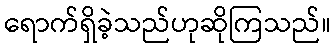
ရောက်ရှိခဲ့သည်ဟုဆိုကြသည်။